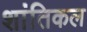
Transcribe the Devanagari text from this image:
शांतिकल